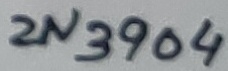
Text: 2N3904